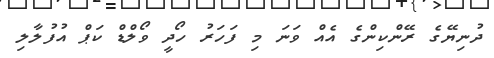
ދުނިޔޭގެ ރޭންކިންގެ އެއް ވަނަ މި ފަހަރު ހޯދީ ވޯލްޑް ކަޕް އުފުލާލި